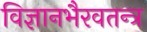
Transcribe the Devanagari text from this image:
विज्ञानभैरवतन्त्र